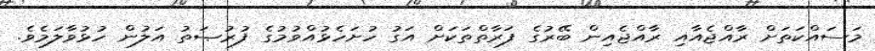
މަސައްކަތަށް ރާއްޖެއާއި ރާއްޖެއިން ބޭރުގެ ފަރާތްތަކަށް އަގު ހުށަހެޅުއްވުމުގެ ފުރުޞަތު އަލުން ހުޅުވާލަމެވެ.